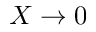
X \rightarrow 0